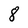
Character: 8